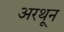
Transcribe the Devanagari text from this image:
अरथून